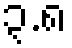
၃.၈